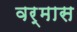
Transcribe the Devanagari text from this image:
वर्मास